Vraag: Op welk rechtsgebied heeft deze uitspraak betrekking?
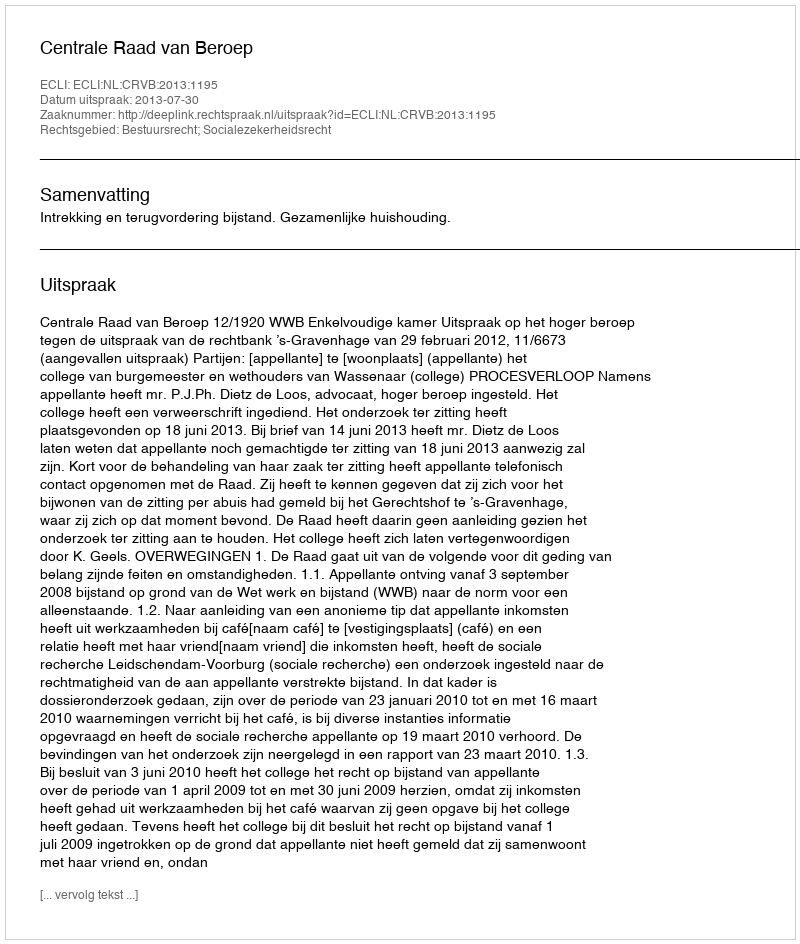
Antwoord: Bestuursrecht; Socialezekerheidsrecht